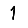
Digit: 1